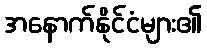
အနောက်နိုင်ငံများ၏